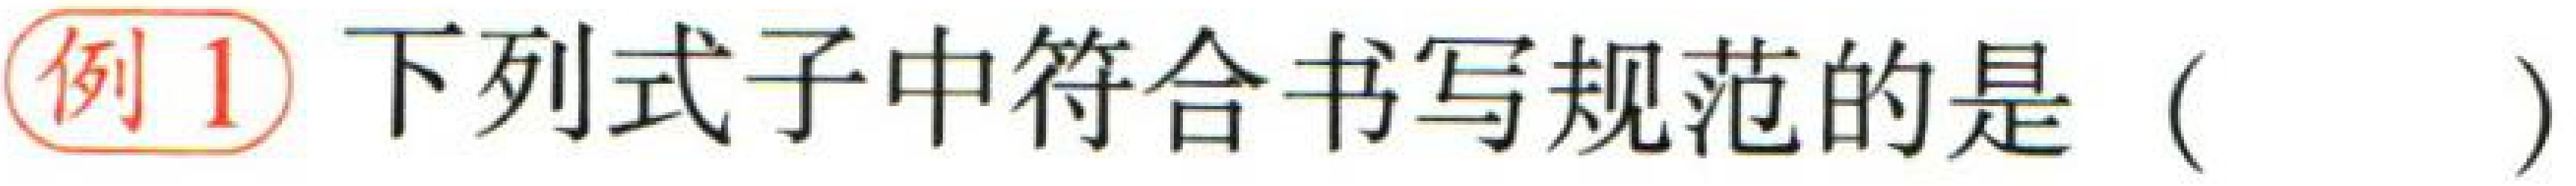
例1 下列式子中符合书写规范的是（  ）